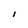
Character: I